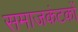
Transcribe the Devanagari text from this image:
समाजकंटकों